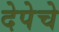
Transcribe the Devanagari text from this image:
देपेचे